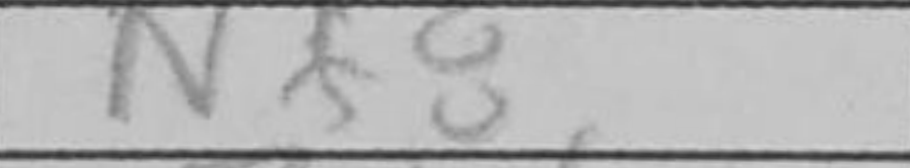
Transcription: Nf8